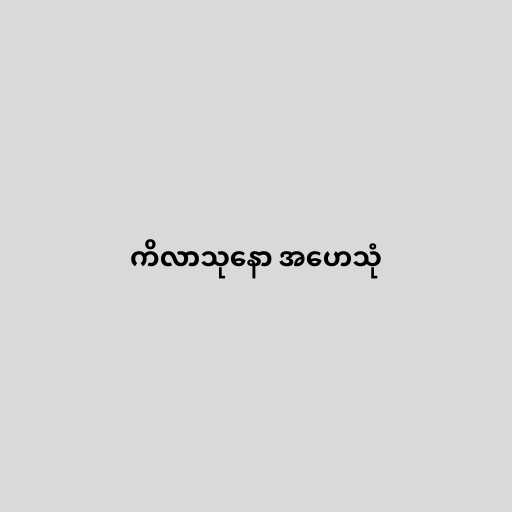
ကိလာသုနော အဟေသုံ